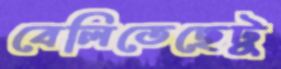
বেলিতেছেটু